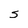
Character: s